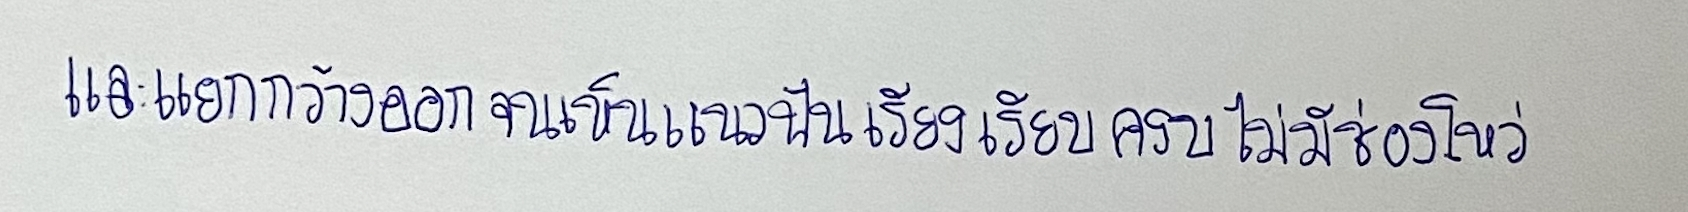
และแยกกว้างออกจนเห็นแนวฟันเรียงเรียบครบไม่มีช่องโหว่